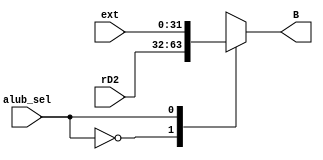
//`timescale 1ns / 1ps
//////////////////////////////////////////////////////////////////////////////////
// Company: 
// Engineer: 
// 
// Design Name: 
// Module Name: alu_B_mux
// Project Name: 
// Target Devices: 
// Tool Versions: 
// Description: 
// 
// Dependencies: 
// 
// Revision:
// Revision 0.01 - File Created
// Additional Comments:
// 
//////////////////////////////////////////////////////////////////////////////////


module alu_B_mux(
    input   alub_sel,
    input   [31:0]  rD2,
    input   [31:0]  ext,
    output  reg [31:0]  B
    );
    
always @ (*) begin
    case(alub_sel)
        'b0:B=rD2;
        'b1:B=ext;
        default:;
    endcase
end

endmodule